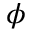
\phi